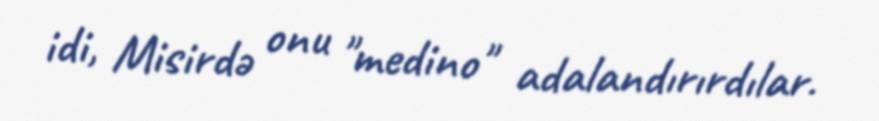
idi, Misirdə onu "medino" adalandırırdılar.